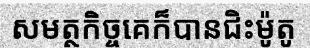
សមត្ថកិច្ចគេក៏បានជិះម៉ូតូ